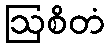
ဩစိတံ